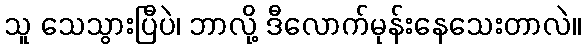
သူ သေသွားပြီပဲ၊ ဘာလို့ ဒီလောက်မုန်းနေသေးတာလဲ။